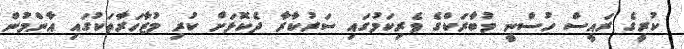
ކުރީގެ ރައީސް ހުސްނީ މުބާރަކްގެ ވެރިކަމުގައި ސަރުކާރާ ދެކޮޅަށް ކުރި މުޒާހަރާތަކުގައި އާންމުން